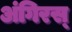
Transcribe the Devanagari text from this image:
अंगिरस्‌